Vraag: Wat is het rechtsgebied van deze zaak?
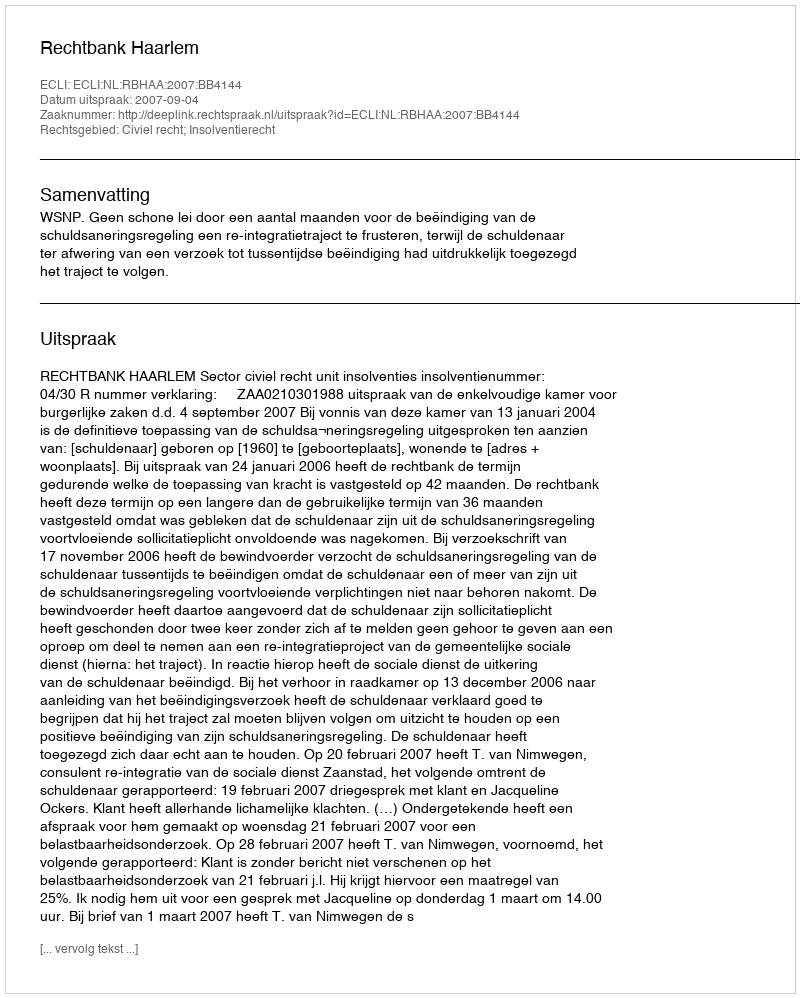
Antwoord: Civiel recht; Insolventierecht